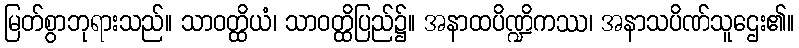
မြတ်စွာဘုရားသည်။ သာဝတ္ထိယံ၊ သာဝတ္ထိပြည်၌။ အနာထပိဏ္ဍိကဿ၊ အနာသပိဏ်သူဌေး၏။